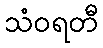
သံဝရတီ